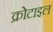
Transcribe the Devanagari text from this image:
क्रोटाइल